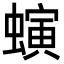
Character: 螾